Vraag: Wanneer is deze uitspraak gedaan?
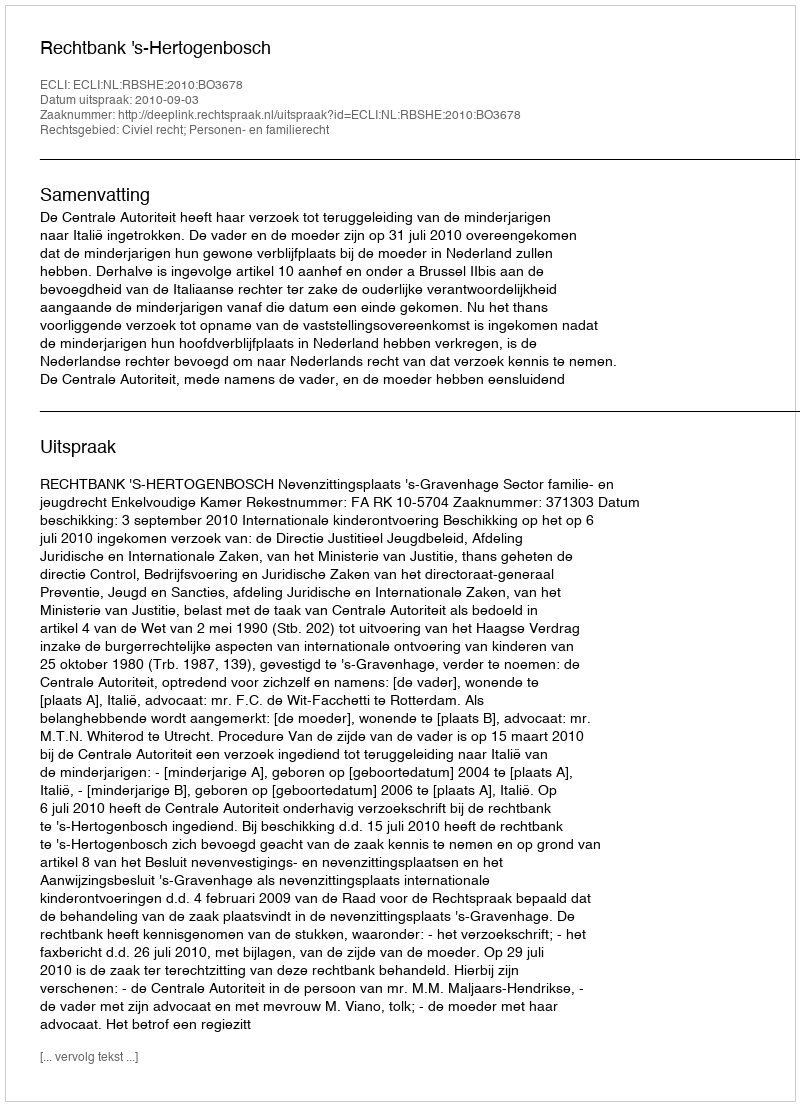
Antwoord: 2010-09-03